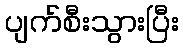
ပျက်စီးသွားပြီး